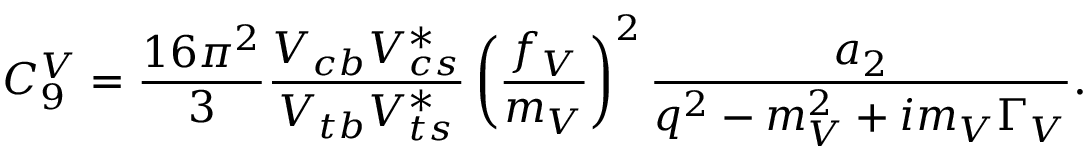
C _ { 9 } ^ { V } = \frac { 1 6 \pi ^ { 2 } } { 3 } \frac { V _ { c b } V _ { c s } ^ { * } } { V _ { t b } V _ { t s } ^ { * } } \left( \frac { f _ { V } } { m _ { V } } \right) ^ { 2 } \frac { a _ { 2 } } { q ^ { 2 } - m _ { V } ^ { 2 } + i m _ { V } \Gamma _ { V } } .